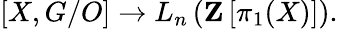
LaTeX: [X,G/O]\to L_{n}\left(\mathbf{Z}\left[\pi_{1}(X)\right]\right).